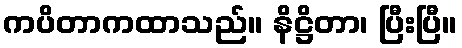
ကပိတာကထာသည်။ နိဋ္ဌိတာ၊ ပြီးပြီ။